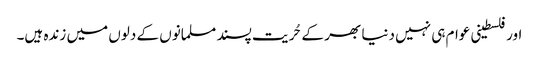
اور فلسطینی عوام ہی نہیں دنیا بھر کے حُریت پسند مسلمانوں کے دلوں میں زندہ ہیں۔